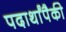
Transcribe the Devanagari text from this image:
पदार्थांपैकी